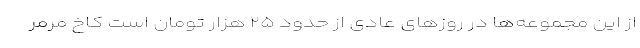
از این مجموعه‌ها در روزهای عادی از حدود ۲۵ هزار تومان است کاخ مرمر